Rangoon Lunatic Asylum 1893-1897 - 1893-1897
Year: 1893
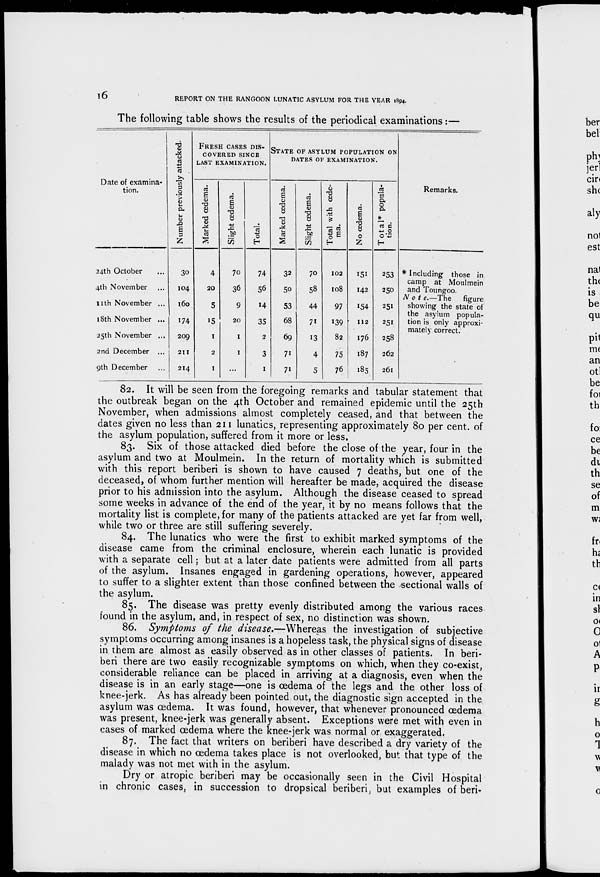
16
REPORT ON THE RANGOON LUNATIC ASYLUM FOR THE YEAR 1894.
The following table shows the results of the periodical examinations:—
Date of examina-
tion.
24th October ...
4th November ...
11th November ...
18th November ...
25th November ...
2nd December ...
9th December ...
Number previously attacked.
30
104
160
174
209
211
214
FRESH CASES DIS-
COVERED SINCE
LAST EXAMINATION.
Marked œdema.
4
20
5
15
1
2
1
Slight œdema.
70
36
9
20
1
1
...
Total.
74
56
14
35
2
3
1
STATE OF ASYLUM POPULATION ON
DATES OF EXAMINATION.
Marked œdema.
32
50
53
68
69
71
71
Slight œdema.
70
58
44
71
13
4
5
Total with œde-
ma.
102
108
97
139
82
75
76
No œdema.
151
142
154
112
176
187
185
Total* popula-
tion.
253
250
251
251
258
262
261
Remarks.
* Including those in
camp at Moulmein
and Toungoo.
Note.—The
figure
showing the state of
the asylum popula-
tion is only approxi-
mately correct.
82. It will be seen from the foregoing remarks and tabular statement that
the outbreak began on the 4th October and remained epidemic until the 25th
November, when admissions almost completely ceased, and that between the
dates given no less than 211 lunatics, representing approximately 80 per cent. of
the asylum population, suffered from it more or less.
83. Six of those attacked died before the close of the year, four in the
asylum and two at Moulmein. In the return of mortality which is submitted
with this report beriberi is shown to have caused 7 deaths, but one of the
deceased, of whom further mention will hereafter be made, acquired the disease
prior to his admission into the asylum. Although the disease ceased to spread
some weeks in advance of the end of the year, it by no means follows that the
mortality list is complete, for many of the patients attacked are yet far from well,
while two or three are still suffering severely.
84. The lunatics who were the first to exhibit marked symptoms of the
disease came from the criminal enclosure, wherein each lunatic is provided
with a separate cell; but at a later date patients were admitted from all parts
of the asylum. Insanes engaged in gardening operations, however, appeared
to suffer to a slighter extent than those confined between the sectional walls of
the asylum.
85. The disease was pretty evenly distributed among the various races
found in the asylum, and, in respect of sex, no distinction was shown.
86. Symptoms of the disease.—Whereas the investigation of subjective
symptoms occurring among insanes is a hopeless task, the physical signs of disease
in them are almost as easily observed as in other classes of patients. In beri-
beri there are two easily recognizable symptoms on which, when they co-exist,
considerable reliance can be placed in arriving at a diagnosis, even when the
disease is in an early stage—one is œdema of the legs and the other loss of
knee-jerk. As has already been pointed out, the diagnostic sign accepted in the
asylum was œdema. It was found, however, that whenever pronounced œdema
was present, knee-jerk was generally absent. Exceptions were met with even in
cases of marked œdema where the knee-jerk was normal or exaggerated.
87. The fact that writers on beriberi have described a dry variety of the
disease in which no œdema takes place is not overlooked, but that type of the
malady was not met with in the asylum.
Dry or atropic beriberi may be occasionally seen in the Civil Hospital
in chronic cases, in succession to dropsical beriberi, but examples of beri-